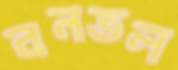
বনতল